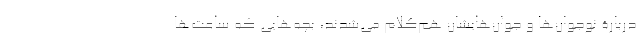
دربارۀ نوجوان‌ها و جوان‌هایشان هم‌کلام می‌شدند، بچه‌هایی که ساعت‌ها